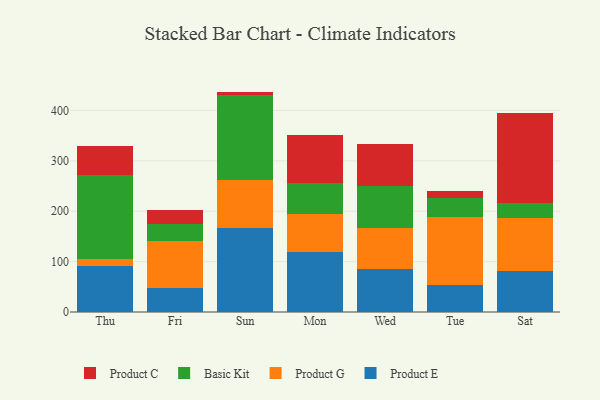
{"axis": {"x": "Day", "y": "Energy Usage (MWh)"}, "legend": ["Basic Kit", "Product C", "Product E", "Product G"], "data": [{"x": "Thu", "y": 92.2, "type": "Product E"}, {"x": "Thu", "y": 12.9, "type": "Product G"}, {"x": "Thu", "y": 166.2, "type": "Basic Kit"}, {"x": "Thu", "y": 58.0, "type": "Product C"}, {"x": "Fri", "y": 48.3, "type": "Product E"}, {"x": "Fri", "y": 91.8, "type": "Product G"}, {"x": "Fri", "y": 34.0, "type": "Basic Kit"}, {"x": "Fri", "y": 28.3, "type": "Product C"}, {"x": "Sun", "y": 166.3, "type": "Product E"}, {"x": "Sun", "y": 94.9, "type": "Product G"}, {"x": "Sun", "y": 170.0, "type": "Basic Kit"}, {"x": "Sun", "y": 6.4, "type": "Product C"}, {"x": "Mon", "y": 118.7, "type": "Product E"}, {"x": "Mon", "y": 75.6, "type": "Product G"}, {"x": "Mon", "y": 61.8, "type": "Basic Kit"}, {"x": "Mon", "y": 95.9, "type": "Product C"}, {"x": "Wed", "y": 84.5, "type": "Product E"}, {"x": "Wed", "y": 82.6, "type": "Product G"}, {"x": "Wed", "y": 82.7, "type": "Basic Kit"}, {"x": "Wed", "y": 83.1, "type": "Product C"}, {"x": "Tue", "y": 53.5, "type": "Product E"}, {"x": "Tue", "y": 135.7, "type": "Product G"}, {"x": "Tue", "y": 37.7, "type": "Basic Kit"}, {"x": "Tue", "y": 14.1, "type": "Product C"}, {"x": "Sat", "y": 81.3, "type": "Product E"}, {"x": "Sat", "y": 105.4, "type": "Product G"}, {"x": "Sat", "y": 29.4, "type": "Basic Kit"}, {"x": "Sat", "y": 179.6, "type": "Product C"}]}